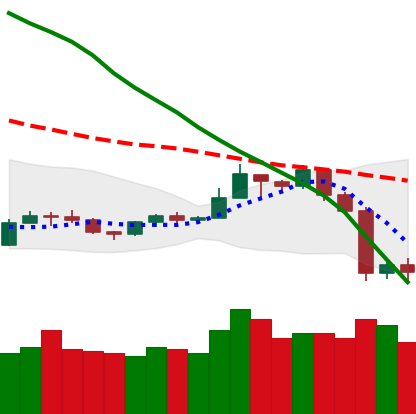
Ticker: TRX-USD
Chart end date: 2019-09-26
Forward return: 9.221%
Label: up_7plus